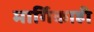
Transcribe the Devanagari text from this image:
मार्गिकाही